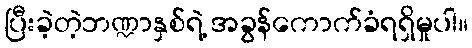
ပြီးခဲ့တဲ့ဘဏ္ဍာနှစ်ရဲ့ အခွန်ကောက်ခံရရှိမှုပါ။